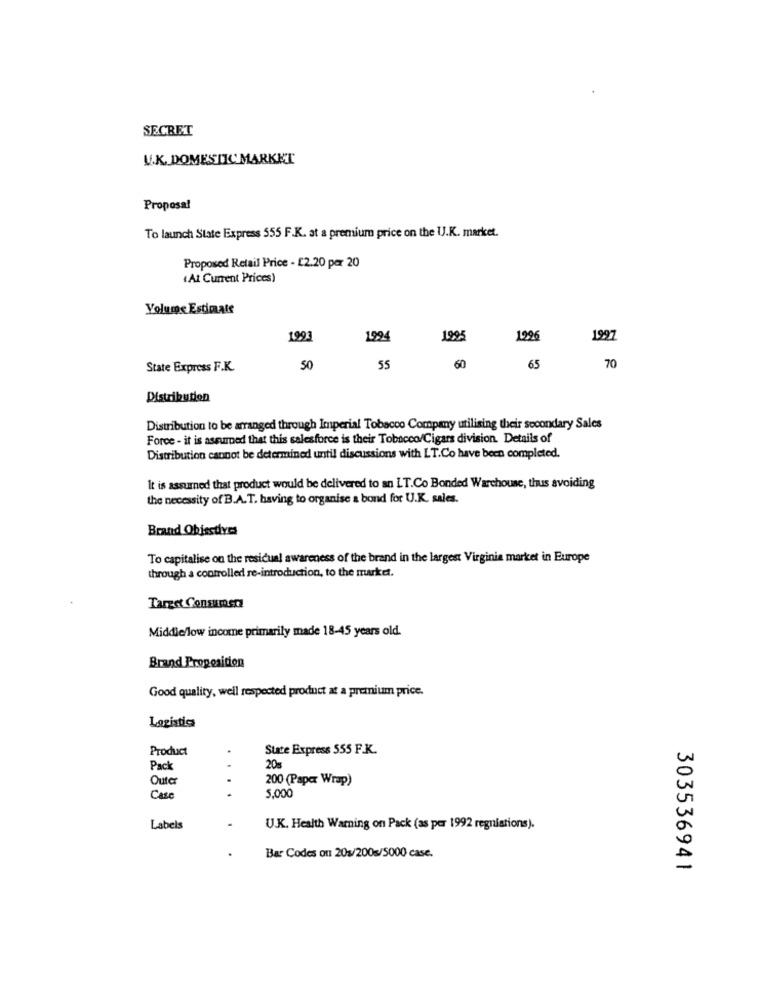
SECRET
U.K. DOMESTIC MARKET
Proposal
To launch State Express 555 F.K. at a premium price on the U.K. market.
Proposed Retail Price - £2.20 per 20
(At Current Prices)
Volume Estimate
1993
1994
1995
1296
1997
State Express F.K.
50
55
60
65
70
Distribution
Distribution to be arranged through Imperial Tobacco Company utilising their secondary Sales
Force - it is assumed that this salesforce is their Tobacco/Cigars division. Details of
Distribution cannot be determined until discussions with LT.Co have been completed.
It is assumed that product would be delivered to an LT.Co Bonded Warehouse, thus avoiding
the necessity of B.A.T. having to organise a bond for U.K. sales.
Brand Objectives
To capitalise on the residual awareness of the brand in the largest Virginia market in Europe
through a controlled re-introduction, to the market.
Target Consumer
Middle/low income primarily made 18-45 years old.
Brand Proposition
Good quality, well respected product at a premium price.
Logistica
Product
.
State Express 555 F.K.
Pack
20m
Outer
200 (Papex Wrap)
...
5,000
Case
Labels
U.K. Health Warning on Pack (as per 1992 regnistions).
Bar Codes on 20$/200s/5000 case.
303536941